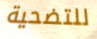
للتضحية